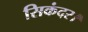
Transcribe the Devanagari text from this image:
सिकंदर।